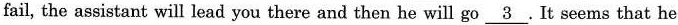
fail, the assistant will lead you there and then he will go \underline{3 } .It seems that he